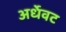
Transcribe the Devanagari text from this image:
अर्धेवट